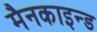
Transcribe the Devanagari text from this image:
मैनकाइन्ड